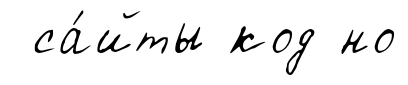
са́йты код но